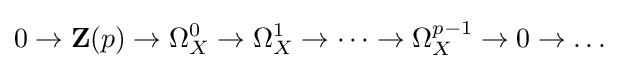
0\rightarrow \mathbf {Z} (p)\rightarrow \Omega _{X}^{0}\rightarrow \Omega _{X}^{1}\rightarrow \cdots \rightarrow \Omega _{X}^{p-1}\rightarrow 0\rightarrow \dots